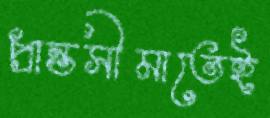
প্রান্তসীমাতেই